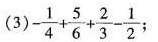
(3)$$- \frac { 1 } { 4 } + \frac { 5 } { 6 } +